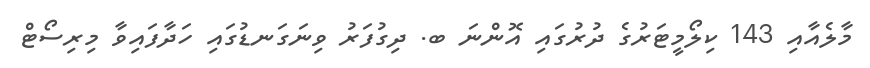
މާލެއާއި 143 ކިލޯމީޓަރުގެ ދުރުގައި އޮންނަ ބ. ދިގުފަރު ވިނަގަނޑުގައި ހަދާފައިވާ މިރިސޯޓް